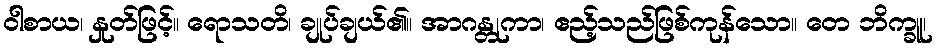
ဝါစာယ၊ နှုတ်ဖြင့်။ ရောသတိ၊ ချုပ်ချယ်၏။ အာဂန္တုကာ၊ ဧည့်သည်ဖြစ်ကုန်သော။ တေ ဘိက္ခူ၊